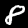
Label: 8